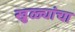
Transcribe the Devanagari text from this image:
खुळ्यांचा